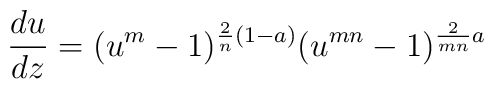
{{du}\over{dz}}= (u^m-1)^{{2\over n}(1-a)}(u^{mn}-1)^{{2\over {mn}}a}